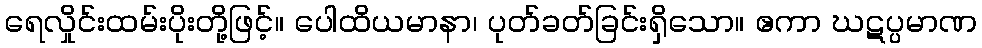
ရေလှိုင်းထမ်းပိုးတို့ဖြင့်။ ပေါထိယမာနာ၊ ပုတ်ခတ်ခြင်းရှိသော။ ဧကာ ဃဋပ္ပမာဏ